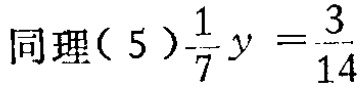
同理\((5)\frac{1}{7}y = \frac{3}{14}\)